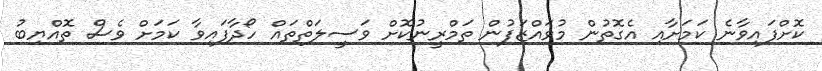
ކޮށްފައިވާނެ ކަމަށާއި އެގޮތުން މުވައްޒަފުން ތަމްރީނުކޮށް ވަސީލަތްތައް ހޯދާފައިވާ ކަމަށް ވެސް ތޮއްޔިބު